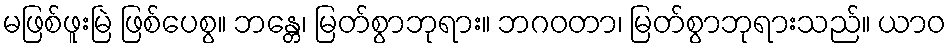
မဖြစ်ဖူးမြဲ ဖြစ်ပေစွ။ ဘန္တေ၊ မြတ်စွာဘုရား။ ဘဂဝတာ၊ မြတ်စွာဘုရားသည်။ ယာဝ